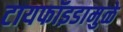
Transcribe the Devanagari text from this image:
टायफॉइडामुळे